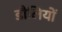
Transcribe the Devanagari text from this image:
डौलियों